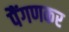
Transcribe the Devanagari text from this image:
पैंगणकर